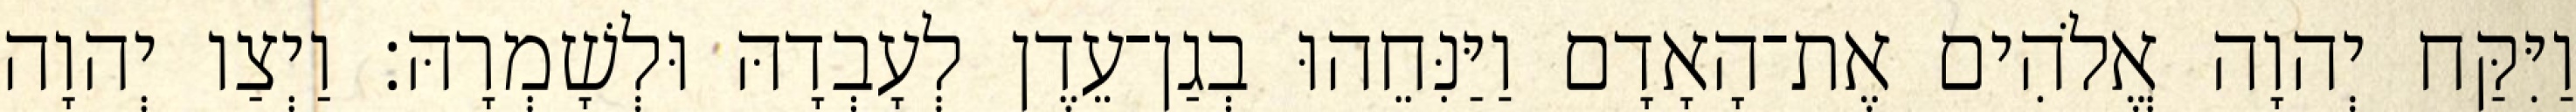
וַיִּקַּח יְהוָה אֱלֹהִים אֶת־הָאָדָם וַיַּנִּחֵהוּ בְגַן־עֵדֶן לְעָבְדָהּ וּלְשָׁמְרָהּ׃ וַיְצַו יְהוָה